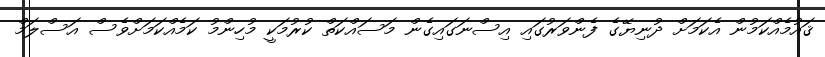
ޤައުމެއްކަމުން އެކަމަށް ދުނިޔޭގެ ފެންވަރުގައި އިސްނަގައިގެން މަސައްކަތް ކުރުމަކީ މުހިންމު ކަމެއްކަމަށްވެސް އަސްލަމް